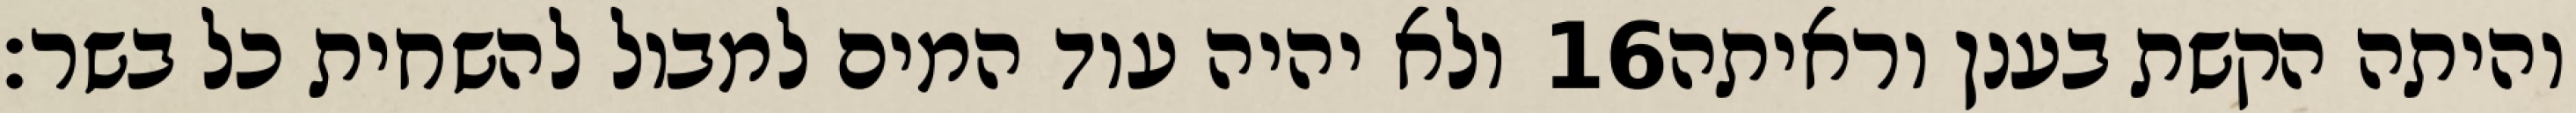
ולא יהיה עוד המים למבול להשחית כל בשר׃ ‎16‏ והיתה הקשת בענן וראיתה